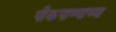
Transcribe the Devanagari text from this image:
पीकपाण्याच्या